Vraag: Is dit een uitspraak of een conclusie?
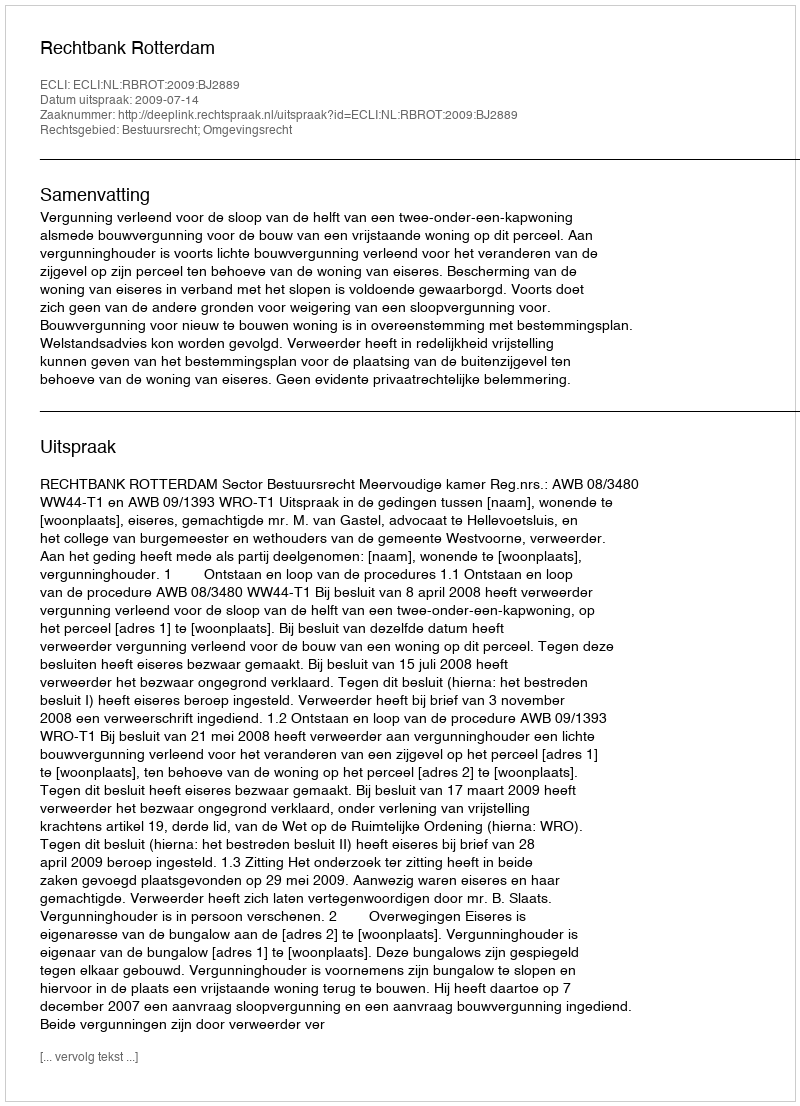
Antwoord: Uitspraak